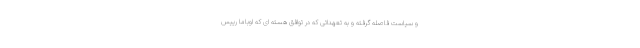
و سیاست فاصله گرفته و به تعهداتی که در توافق هسته ای که اوباما رییس